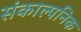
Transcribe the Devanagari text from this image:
संकाल्पनिक